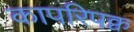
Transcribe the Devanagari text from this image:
कापरिपक्व